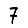
Digit: 7